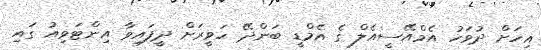
އިހަށް ދުވަހު އެމްއޭސީއެލް ގެ އެމްޑީ ބަންދޭ ހަވީރަށް ދީފައިވާ އިންޓަވިއު ގައި